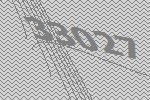
33027